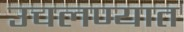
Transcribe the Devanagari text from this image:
उचलण्‍यात